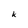
Character: k